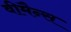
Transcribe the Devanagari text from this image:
वीमैन्स